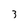
Character: 3